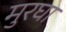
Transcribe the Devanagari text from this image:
मुरघा